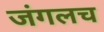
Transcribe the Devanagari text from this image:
जंगलच